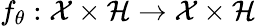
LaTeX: f_{\theta}:\mathcal{X}\times\mathcal{H}\rightarrow\mathcal{X}\times\mathcal{H}